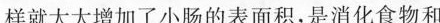
样就大大增加了小肠的表面积，是消化食物和